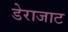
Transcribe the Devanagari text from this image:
डेराजाट